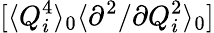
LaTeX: [\langle Q_{i}^{4}\rangle_{0}\langle{\partial^{2}}/{\partial Q_{i}^{2}}\rangle_{0}]